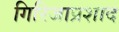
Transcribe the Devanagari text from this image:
गिरिजाप्रशाद